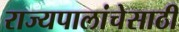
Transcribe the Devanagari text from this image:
राज्यपालांचेसाठी